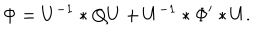
\Phi = U ^ { - 1 } \ast Q U + U ^ { - 1 } \ast \Phi ^ { \prime } \ast U .